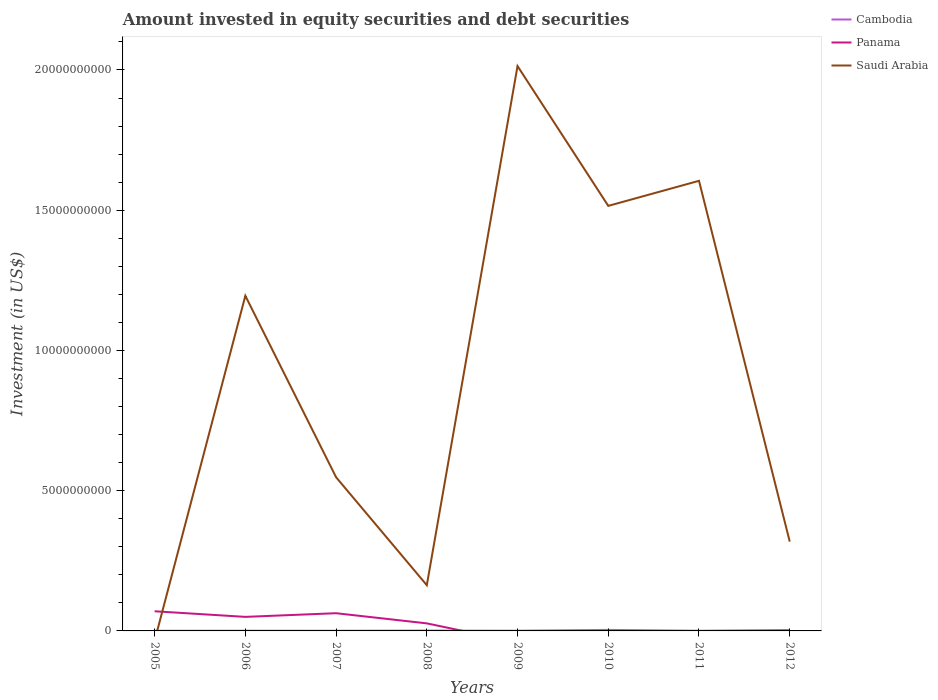
| Years | Cambodia | Panama | Saudi Arabia |
 | --- | --- | --- | --- |
 | 2005 | 4.87e+06 | 7.01e+08 | -3.5e+08 |
 | 2006 | 7.58e+06 | 5.01e+08 | 1.19e+10 |
 | 2007 | 6.33e+06 | 6.32e+08 | 5.48e+09 |
 | 2008 | 1.16e+07 | 2.7e+08 | 1.63e+09 |
 | 2009 | 7.62e+06 | -4.08e+08 | 2.01e+10 |
 | 2010 | 3.67e+07 | -6.9e+08 | 1.52e+10 |
 | 2011 | 6.14e+06 | -8.98e+08 | 1.6e+10 |
 | 2012 | 3.42e+07 | -3.11e+08 | 3.18e+09 |